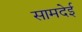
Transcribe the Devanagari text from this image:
सामदेई